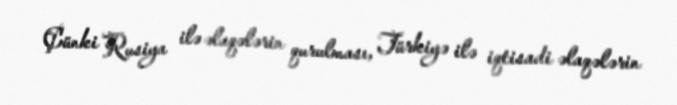
Çünki Rusiya ilə əlaqələrin qurulması, Türkiyə ilə iqtisadi əlaqələrin